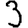
Digit: 3